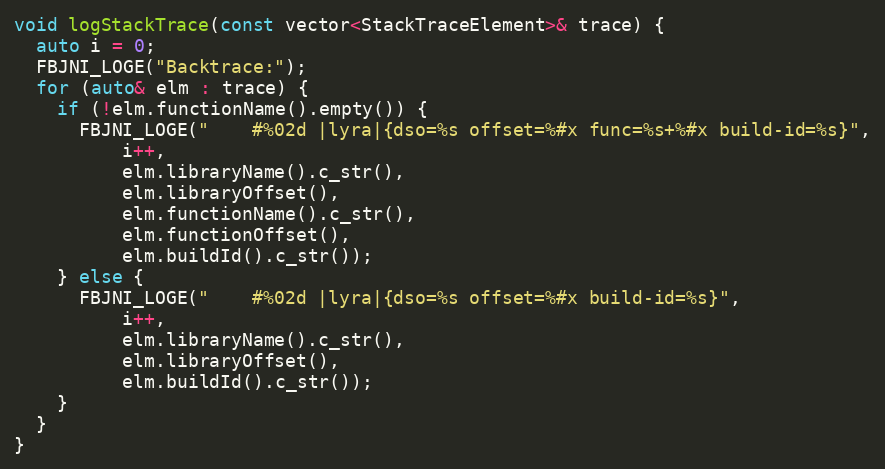
Language: C++
void logStackTrace(const vector<StackTraceElement>& trace) {
  auto i = 0;
  FBJNI_LOGE("Backtrace:");
  for (auto& elm : trace) {
    if (!elm.functionName().empty()) {
      FBJNI_LOGE("    #%02d |lyra|{dso=%s offset=%#x func=%s+%#x build-id=%s}",
          i++,
          elm.libraryName().c_str(),
          elm.libraryOffset(),
          elm.functionName().c_str(),
          elm.functionOffset(),
          elm.buildId().c_str());
    } else {
      FBJNI_LOGE("    #%02d |lyra|{dso=%s offset=%#x build-id=%s}",
          i++,
          elm.libraryName().c_str(),
          elm.libraryOffset(),
          elm.buildId().c_str());
    }
  }
}